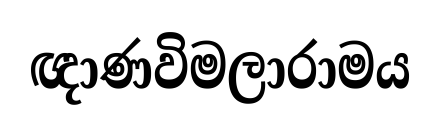
ඥාණවිමලාරාමය